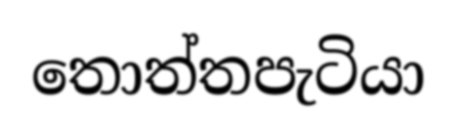
තොත්තපැටියා